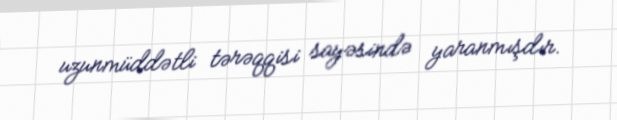
uzunmüddətli tərəqqisi sayəsində yaranmışdır.